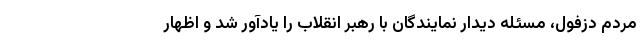
مردم دزفول، مسئله دیدار نمایندگان با رهبر انقلاب را یادآور شد و اظهار